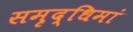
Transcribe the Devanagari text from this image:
समृद्धिमां